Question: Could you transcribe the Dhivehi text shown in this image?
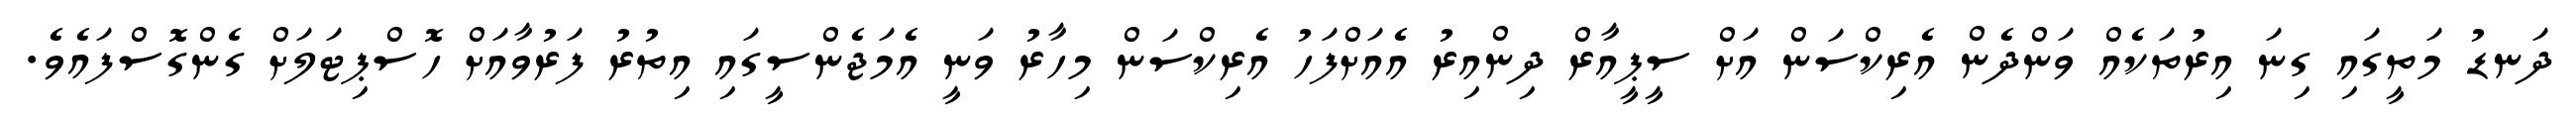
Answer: ދަނޑު މަތީގައި ގިނަ އިރުތަކެއް ވަންދެން އެރިކްސަން އަށް ސީޕީއާރް ދިންއިރު އެއަށްފަހު އެރިކްސަން މިހާރު ވަނީ އެމަޖެންސީގައި އިތުރު ފަރުވާއަށް ހޮސްޕިޓަލަށް ގެންގޮސްފައެވެ.